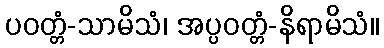
ပဝတ္တံ-သာမိသံ၊ အပ္ပဝတ္တံ-နိရာမိသံ။